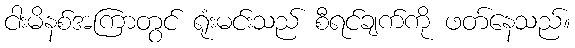
ငါးမိနစ်အကြာတွင် ရုံးမင်းသည် စီရင်ချက်ကို ဖတ်နေသည်။